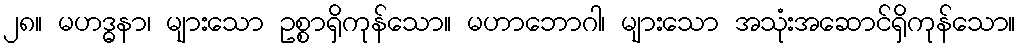
၂၈။ မဟဒ္ဓနာ၊ များသော ဥစ္စာရှိကုန်သော။ မဟာဘောဂါ၊ များသော အသုံးအဆောင်ရှိကုန်သော။